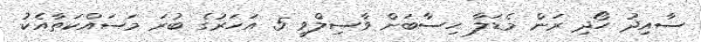
ސާއިދު ހޯދި ރަން މެޑަލާ ހިސާބަށް ވާސިލްވީ 5 އަހަރުގެ ބުރަ މަސައްކަތާއެކު